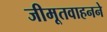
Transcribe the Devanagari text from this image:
जीमूतवाहनने